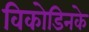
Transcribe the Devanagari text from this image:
विकोडिनके